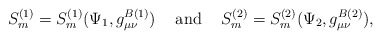
\begin{align*}S_m^{(1)} = S_m^{(1)}(\Psi_1,g^{B(1)}_{\mu\nu}) \hspace{0.5cm} {\rm and}\hspace{0.5cm} S_m^{(2)} = S_m^{(2)}(\Psi_2,g^{B(2)}_{\mu\nu}),\end{align*}